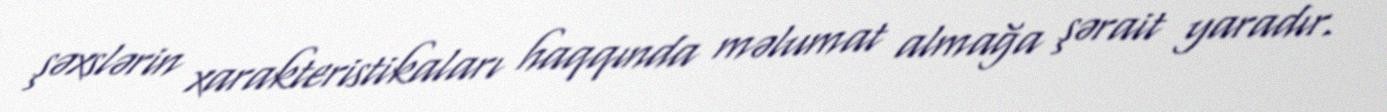
şəxslərin xarakteristikaları haqqında məlumat almağa şərait yaradır.